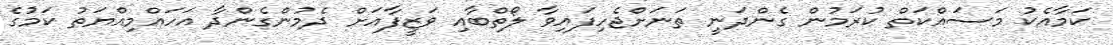
ކަމާއެކު މަސައްކަތް ކުރަމުން ގެންދަނީ ތަނަށްޖެހިފައިވާ ލޯތްބާއި ވަޒީފާއަށް ދެމުންގެންދާ އަހައްމިއްޔަތު ކަމުގެ